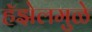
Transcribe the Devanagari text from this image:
हॅझेलमुळे